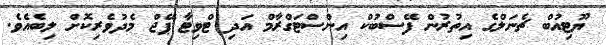
ޔޫޓިއުބް ޗެނަލްގެ އިތުރުން ފޭސްބުކް އިންސްޓަގްރާމް އަދި ޓްވިޓާ ޕޭޖް މެދުވެރިކޮށް ލިބެއެވެ.